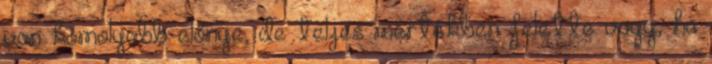
van komolyabb előnye, de teljes mértékben felette vagy, ha